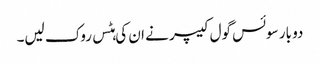
دو بار سوئس گول کیپر نے ان کی ہٹس روک لیں۔